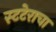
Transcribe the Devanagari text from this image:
स्टटेराचा